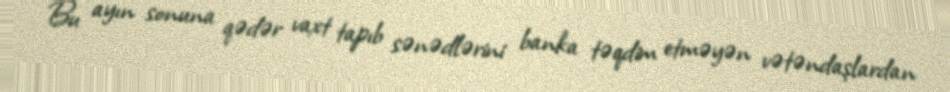
Bu ayın sonuna qədər vaxt tapıb sənədlərini banka təqdim etməyən vətəndaşlardan